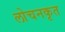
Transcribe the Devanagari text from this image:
लोचनकृत